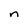
Character: n